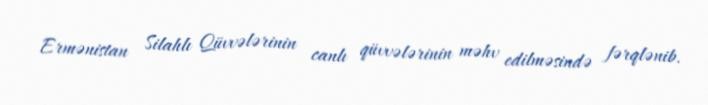
Ermənistan Silahlı Qüvvələrinin canlı qüvvələrinin məhv edilməsində fərqlənib.